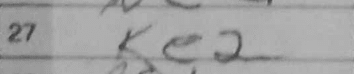
Transcription: Ke2